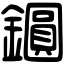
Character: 𨭦